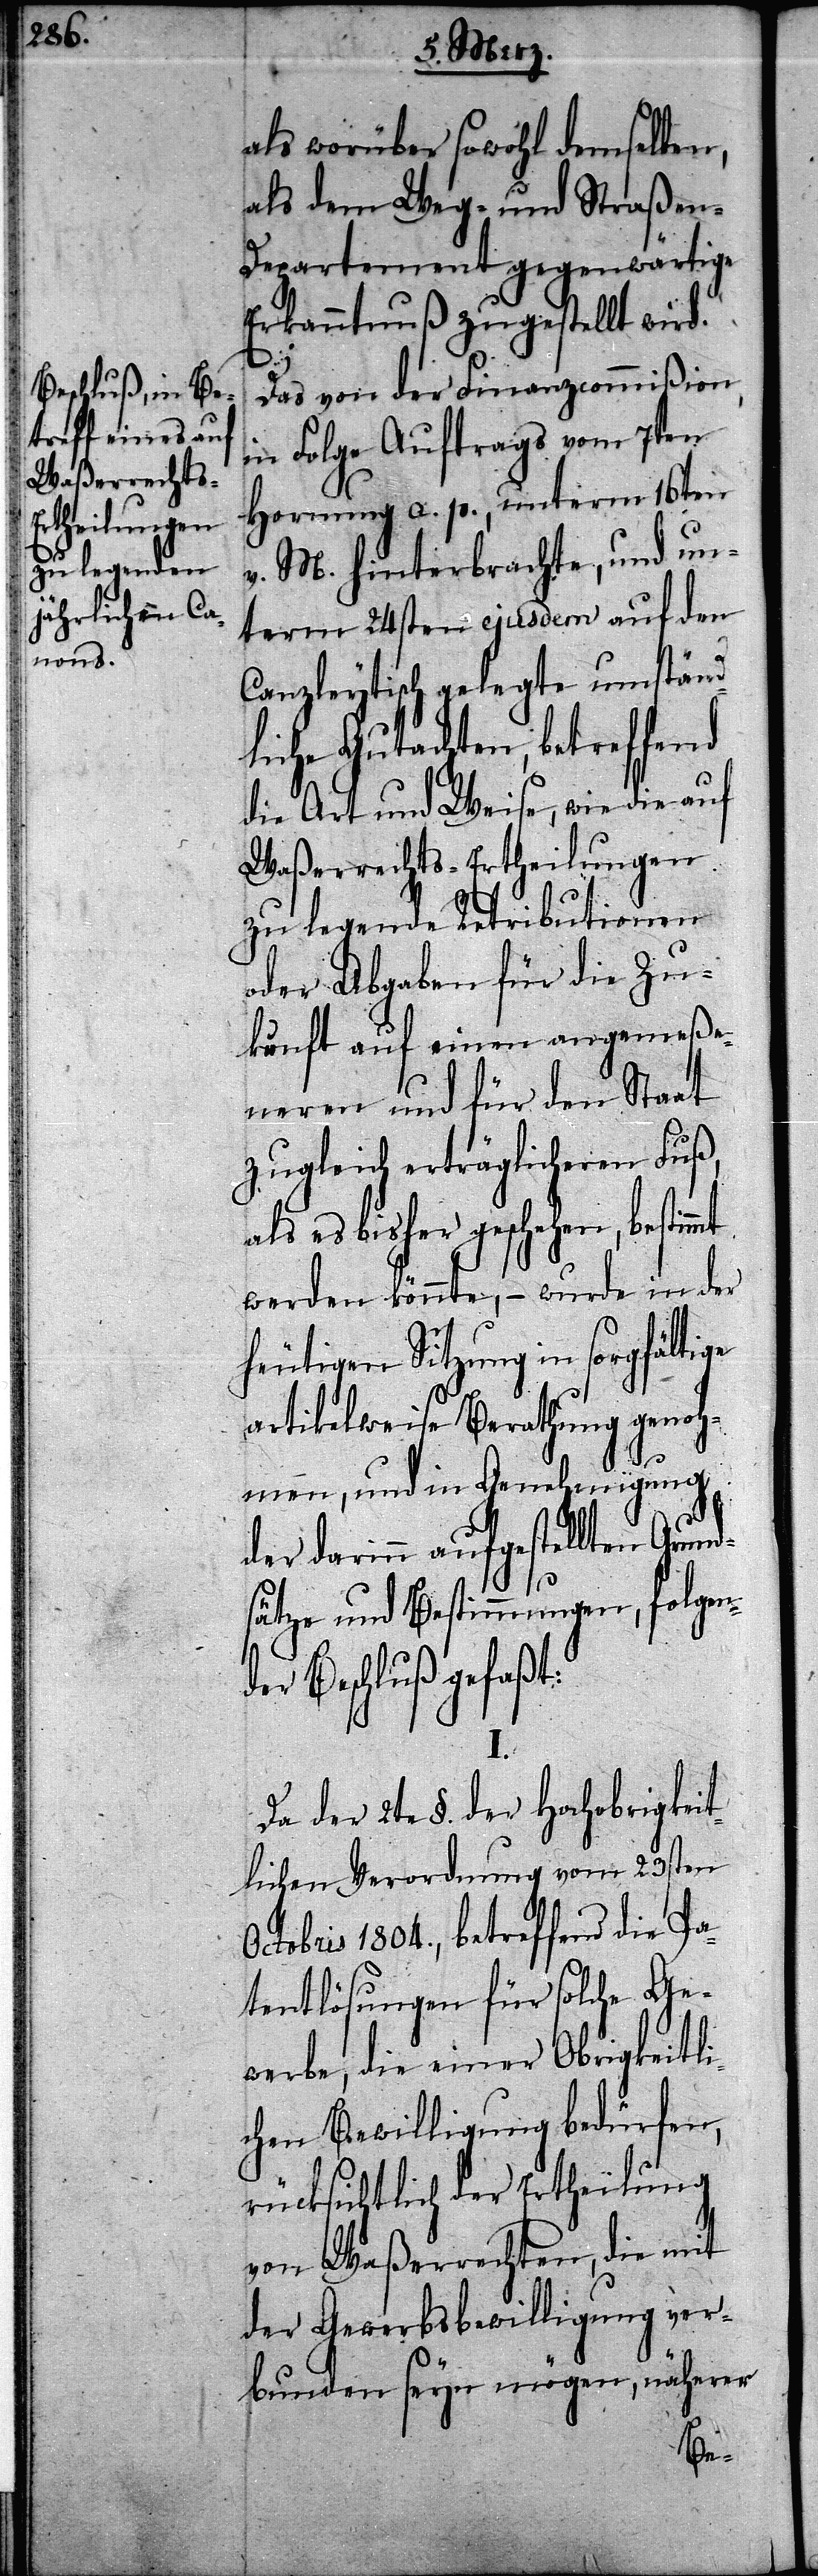
als worüber sowohl demselben,
als dem Weg- und Straßen-D¬
epartement gegenwärtige
Erkanntnuß zugestellt wird.
Das von der Finanzcommißion
in Folge Auftrags vom 7ten
Hornung a. p., unterm 16ten
v. M. hinterbrachte, und un¬
term 24sten ejusdem auf den
Canzleytisch gelegte umständ¬
liche Gutachten, betreffend
die Art und Weise, wie die auf
Waßerrechts-Ertheilungen
zu legende Retributionen
oder Abgaben für die Zu¬
kunft auf einen angemeße¬
neren und für den Staat
zugleich erträglicheren Fuß,
als es bisher geschehen, bestimmt
werden könnte, – wurde in der
heutigen Sitzung in sorgfältige
artikelweise Berathung genoh¬
men, und in Genehmigung
der darinn aufgestellten Grund¬
sätze und Bestimmungen, folgen¬
r Beschluß gefaßt:
Da der 2te §. der hochobrigkeit¬
lichen Verordnung vom 23sten
Octobris 1804., betreffend die Pa¬
tentlösungen für solche Ge¬
werbe, die einer Obrigkeitli¬
chen Bewilligung bedürfen,
rücksichtlich der Ertheilung
von Waßerrechten, die mit
der Gewerbsbewilligung ver¬
bunden seyn mögen, näherer
de¬